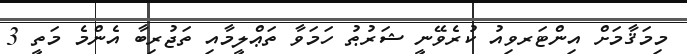
މިމަޤާމަށް އިންޓަރވިއު ކުރެވޭނީ ޝަރުޠު ހަމަވާ ތަޢްލީމާއި ތަޖުރިބާ އެންމެ މަތީ 3